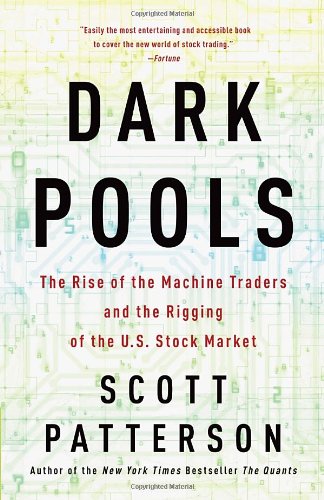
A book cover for Dark Pools: The Rise of the Machine Traders and the Rigging of the U.S. Stock Market; Scott Patterson; Business & Money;